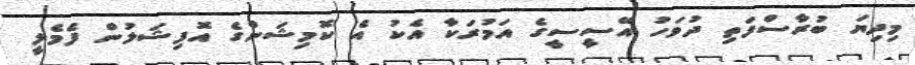
މިދިޔަ ބުރާސްފަތި ދުވަހު އޭސީސީގެ އަމުރަކާ އެކު އެ ކޮމިޝަންގެ އޮފިޝަލުން ފެމެލީ